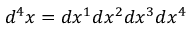
d ^ { 4 } x = d x ^ { 1 } d x ^ { 2 } d x ^ { 3 } d x ^ { 4 }